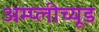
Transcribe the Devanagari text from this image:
अम्प्लीच्यूड